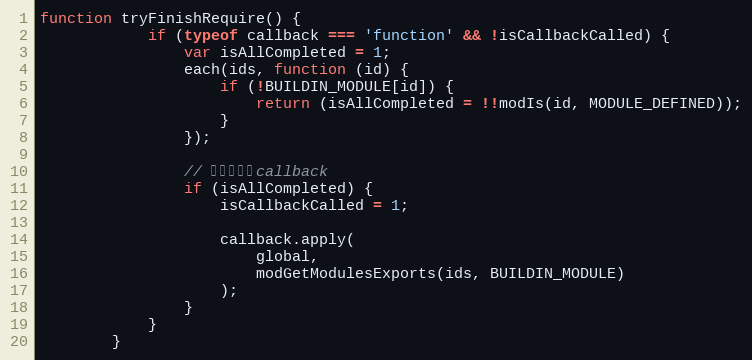
Language: JavaScript
function tryFinishRequire() {
            if (typeof callback === 'function' && !isCallbackCalled) {
                var isAllCompleted = 1;
                each(ids, function (id) {
                    if (!BUILDIN_MODULE[id]) {
                        return (isAllCompleted = !!modIs(id, MODULE_DEFINED));
                    }
                });

                // 检测并调用callback
                if (isAllCompleted) {
                    isCallbackCalled = 1;

                    callback.apply(
                        global,
                        modGetModulesExports(ids, BUILDIN_MODULE)
                    );
                }
            }
        }